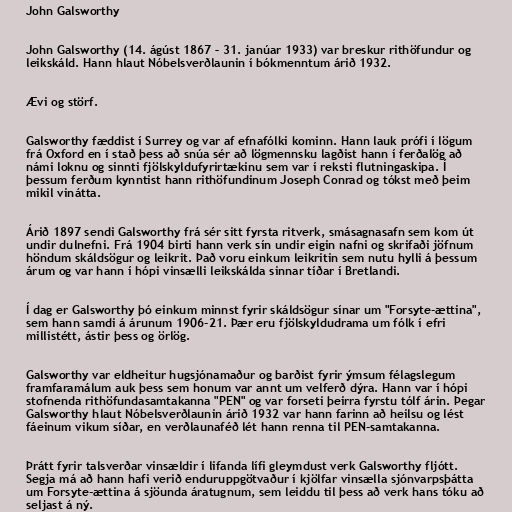
John Galsworthy

John Galsworthy (14. ágúst 1867 – 31. janúar 1933) var breskur rithöfundur og
leikskáld. Hann hlaut Nóbelsverðlaunin í bókmenntum árið 1932.

Ævi og störf.

Galsworthy fæddist í Surrey og var af efnafólki kominn. Hann lauk prófi í lögum
frá Oxford en í stað þess að snúa sér að lögmennsku lagðist hann í ferðalög að
námi loknu og sinnti fjölskyldufyrirtækinu sem var í reksti flutningaskipa. Í
þessum ferðum kynntist hann rithöfundinum Joseph Conrad og tókst með þeim
mikil vinátta.

Árið 1897 sendi Galsworthy frá sér sitt fyrsta ritverk, smásagnasafn sem kom út
undir dulnefni. Frá 1904 birti hann verk sín undir eigin nafni og skrifaði jöfnum
höndum skáldsögur og leikrit. Það voru einkum leikritin sem nutu hylli á þessum
árum og var hann í hópi vinsælli leikskálda sinnar tíðar í Bretlandi.

Í dag er Galsworthy þó einkum minnst fyrir skáldsögur sínar um "Forsyte-ættina",
sem hann samdi á árunum 1906-21. Þær eru fjölskyldudrama um fólk í efri
millistétt, ástir þess og örlög.

Galsworthy var eldheitur hugsjónamaður og barðist fyrir ýmsum félagslegum
framfaramálum auk þess sem honum var annt um velferð dýra. Hann var í hópi
stofnenda rithöfundasamtakanna "PEN" og var forseti þeirra fyrstu tólf árin. Þegar
Galsworthy hlaut Nóbelsverðlaunin árið 1932 var hann farinn að heilsu og lést
fáeinum vikum síðar, en verðlaunaféð lét hann renna til PEN-samtakanna.

Þrátt fyrir talsverðar vinsældir í lifanda lífi gleymdust verk Galsworthy fljótt.
Segja má að hann hafi verið enduruppgötvaður í kjölfar vinsælla sjónvarpsþátta
um Forsyte-ættina á sjöunda áratugnum, sem leiddu til þess að verk hans tóku að
seljast á ný.